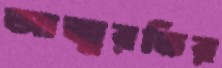
আত্মরতির